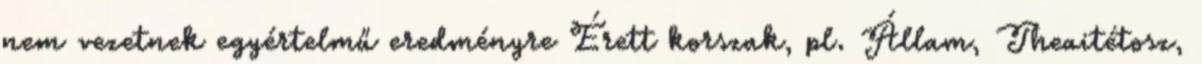
nem vezetnek egyértelmű eredményre Érett korszak, pl. Állam, Theaitétosz,